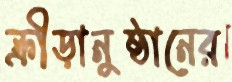
ক্রীড়ানুষ্ঠানের